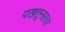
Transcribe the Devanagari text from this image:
पख़तूनख़्वा